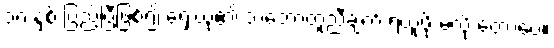
၁၈ နှစ် ပြည့်ပြီဖြစ်၍ ရှေးယု၏ သဘောတူညီချက် ရယူဖို့ မလို တော့ပေ။